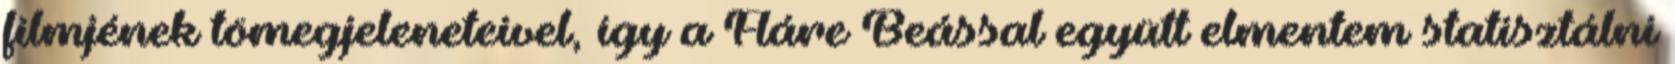
filmjének tömegjeleneteivel, így a Fláre Beással együtt elmentem statisztálni